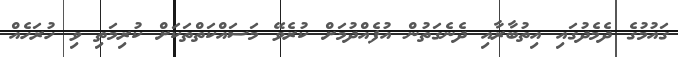
ގައުމުގެ ދެމެދުގައި އިތުބާރާއި ދެނެގަތުން އުފެއްދުމަށް ކުރެވޭ މަސައްކަތްތަކަށް ކުރިމަތި ވި ހުރަހެއް